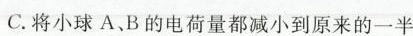
C.将小球A、B的电荷量都减小到原来的一半